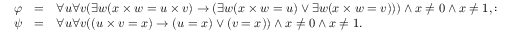
{ \begin{array} { l c l } { \varphi } & { = } & { \forall u \forall v ( \exists w ( x \times w = u \times v ) \rightarrow ( \exists w ( x \times w = u ) \lor \exists w ( x \times w = v ) ) ) \land x \neq 0 \land x \neq 1 , : } \\ { \psi } & { = } & { \forall u \forall v ( ( u \times v = x ) \rightarrow ( u = x ) \lor ( v = x ) ) \land x \neq 0 \land x \neq 1 . } \end{array} }